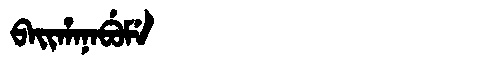
Manchu: ᠪᠠᡳᡥᠠᠨᠠᠪᡠᠮᡝ
Romanization: BAIHANABUME